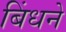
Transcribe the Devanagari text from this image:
बिंधने